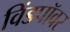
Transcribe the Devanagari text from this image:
विंडपॉवर